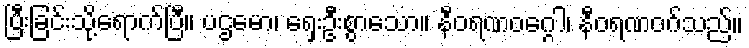
ပြီးခြင်းသို့ရောက်ပြီ။ ပဌမော၊ ရှေးဦးစွာသော။ နီဝရဏဝဂ္ဂေါ၊ နီဝရဏဝဂ်သည်။